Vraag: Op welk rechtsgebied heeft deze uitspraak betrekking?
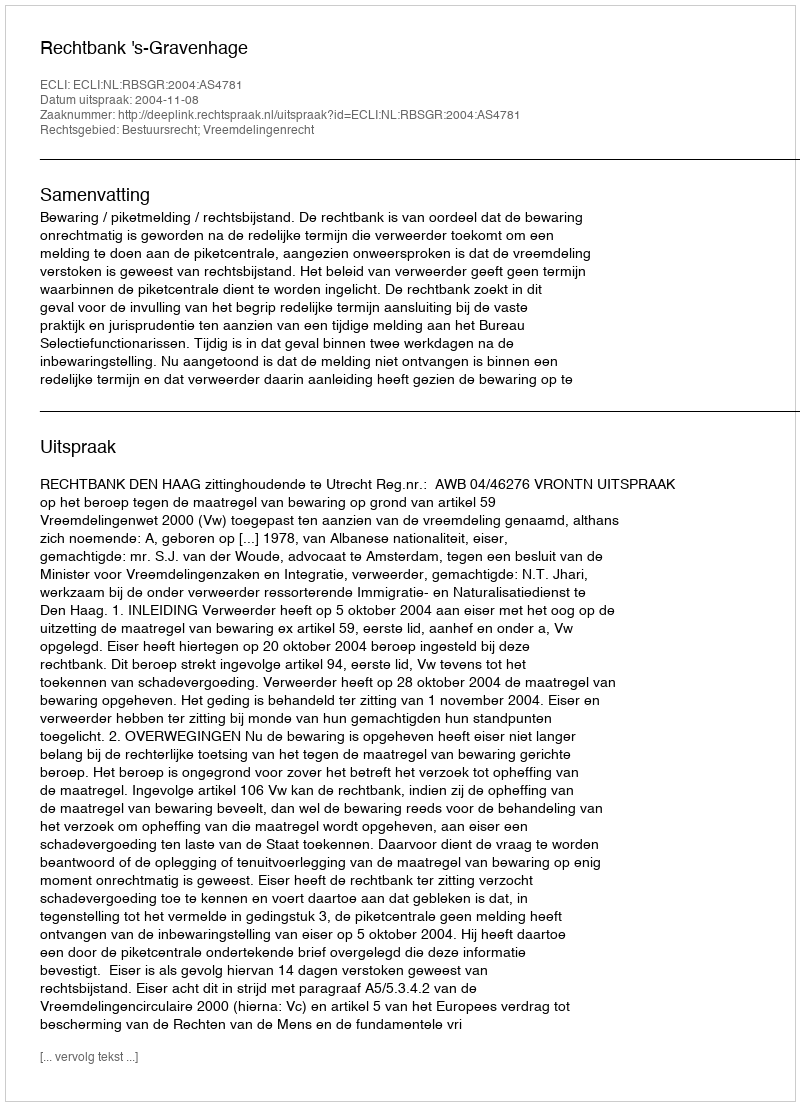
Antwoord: Bestuursrecht; Vreemdelingenrecht